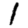
Digit: 1